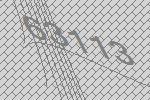
63113